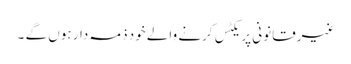
غیرقانونی پریکٹس کرنے والے خود ذمہ دار ہوں گے ۔